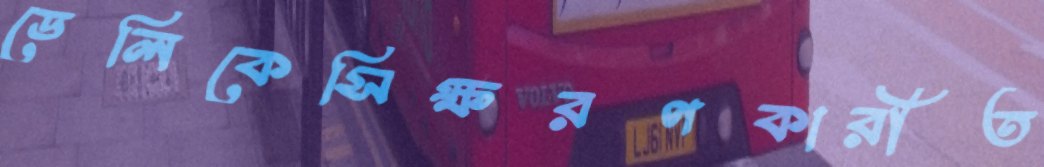
ডেলিকেসিক্ষরণকারীত